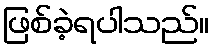
ဖြစ်ခဲ့ရပါသည်။